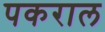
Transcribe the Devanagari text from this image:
पकराल